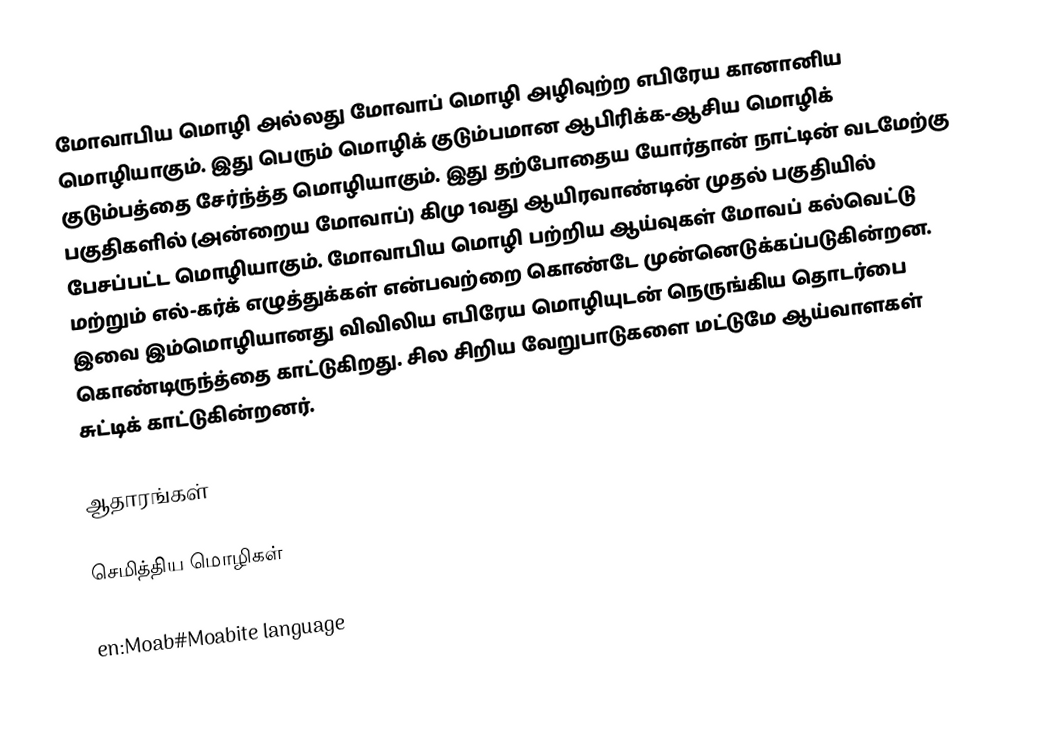
மோவாபிய மொழி அல்லது மோவாப் மொழி அழிவுற்ற எபிரேய கானானிய மொழியாகும். இது பெரும் மொழிக் குடும்பமான ஆபிரிக்க-ஆசிய மொழிக் குடும்பத்தை சேர்ந்த்த மொழியாகும். இது தற்போதைய யோர்தான் நாட்டின் வடமேற்கு பகுதிகளில் (அன்றைய மோவாப்) கிமு 1வது ஆயிரவாண்டின் முதல் பகுதியில் பேசப்பட்ட மொழியாகும். மோவாபிய மொழி பற்றிய ஆய்வுகள் மோவப் கல்வெட்டு மற்றும் எல்-கர்க் எழுத்துக்கள் என்பவற்றை கொண்டே முன்னெடுக்கப்படுகின்றன. இவை இம்மொழியானது விவிலிய எபிரேய மொழியுடன் நெருங்கிய தொடர்பை கொண்டிருந்த்தை காட்டுகிறது. சில சிறிய வேறுபாடுகளை மட்டுமே ஆய்வாளகள் சுட்டிக் காட்டுகின்றனர்.

ஆதாரங்கள்

செமித்திய மொழிகள்

en:Moab#Moabite language